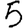
Digit: 5